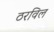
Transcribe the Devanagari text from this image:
ठरविल